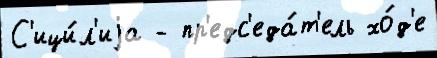
С'ици́л'иjа - пр'едс'еда́т'ель хо́д'е